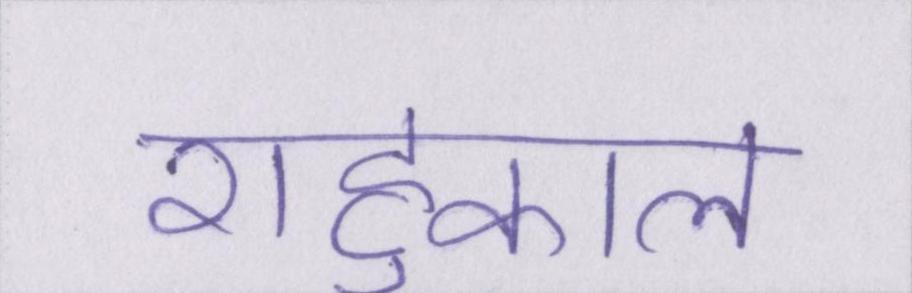
राहुकाल